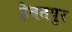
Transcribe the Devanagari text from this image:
हेबतपुर